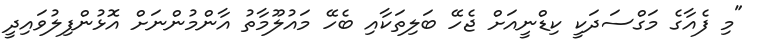
"މި ފެއާގެ މަގްސަދަކީ ކިޑްނީއަށް ޖެހޭ ބަލިތަކާއި ބެހޭ މައުލޫމާތު އާންމުންނަށް އޮޅުންފިލުވައިދީ